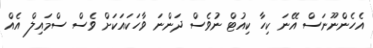
އެހެންނޫނަސް އޭނަ ކިހާ ކިއުޓް ނުވެސް ދަންނަ ވާހަކައަކަށް ވެސް ސްމައިލް އެއް